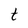
Character: t